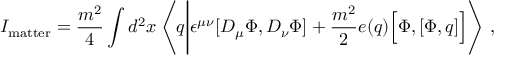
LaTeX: I _ { \mathrm { m a t t e r } } = \frac { m ^ { 2 } } { 4 } \int d ^ { 2 } x \left\langle q \Biggl | \epsilon ^ { \mu \nu } [ D _ { \mu } \Phi , D _ { \nu } \Phi ] + \frac { m ^ { 2 } } { 2 } e ( q ) \Bigl [ \Phi , [ \Phi , q ] \Bigr ] \right\rangle \, ,